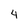
Character: 4